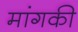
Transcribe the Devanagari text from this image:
मांगकी